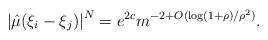
LaTeX: \begin{align*}\left|\hat{\mu}(\xi_i -\xi_j)\right|^N = e^{2c} m^{-2 + O(\log(1+\rho) / \rho^2)}.\end{align*}